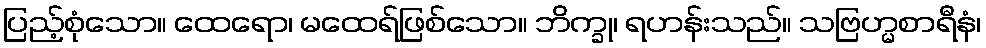
ပြည့်စုံသော။ ထေရော၊ မထေရ်ဖြစ်သော။ ဘိက္ခု၊ ရဟန်းသည်။ သဗြဟ္မစာရီနံ၊